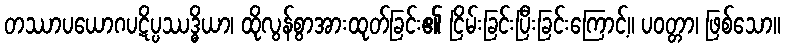
တဿာပယောဂပဋိပ္ပဿဒ္ဓိယာ၊ ထိုလွန်စွာအားထုတ်ခြင်း၏ ငြိမ်းခြင်းပြီးခြင်းကြောင့်။ ပဝတ္တာ၊ ဖြစ်သော။